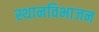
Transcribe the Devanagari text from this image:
स्थानविभाजन